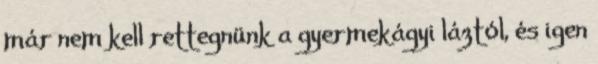
már nem kell rettegnünk a gyermekágyi láztól, és igen